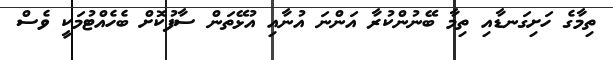
ތިމާގެ ހަށިގަނޑާއި ތިމާ ބޭނުންކުރާ އަންނަ އުނާއި އުޅޭތަން ސާފުކޮށް ބެހެއްޓުމަކީ ވެސް